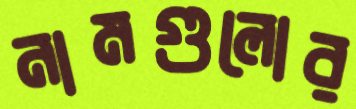
নামগুলোর